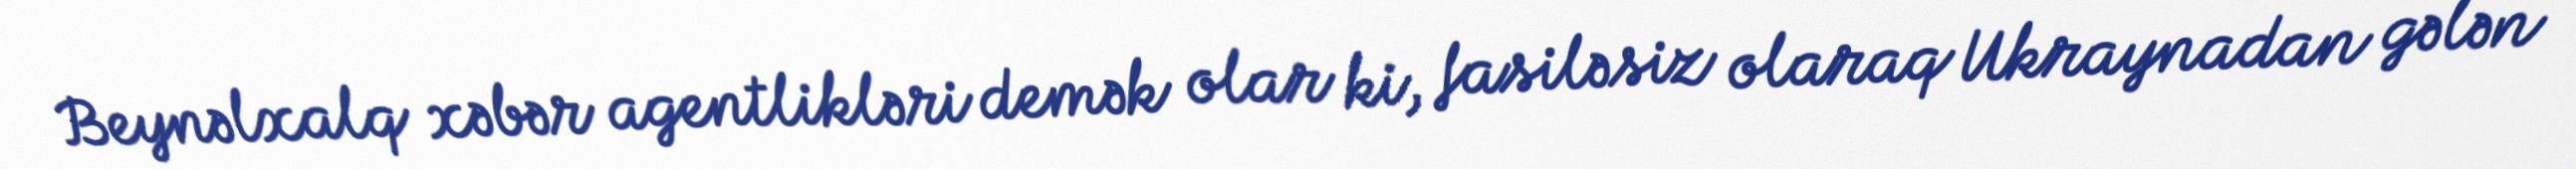
Beynəlxalq xəbər agentlikləri demək olar ki, fasiləsiz olaraq Ukraynadan gələn